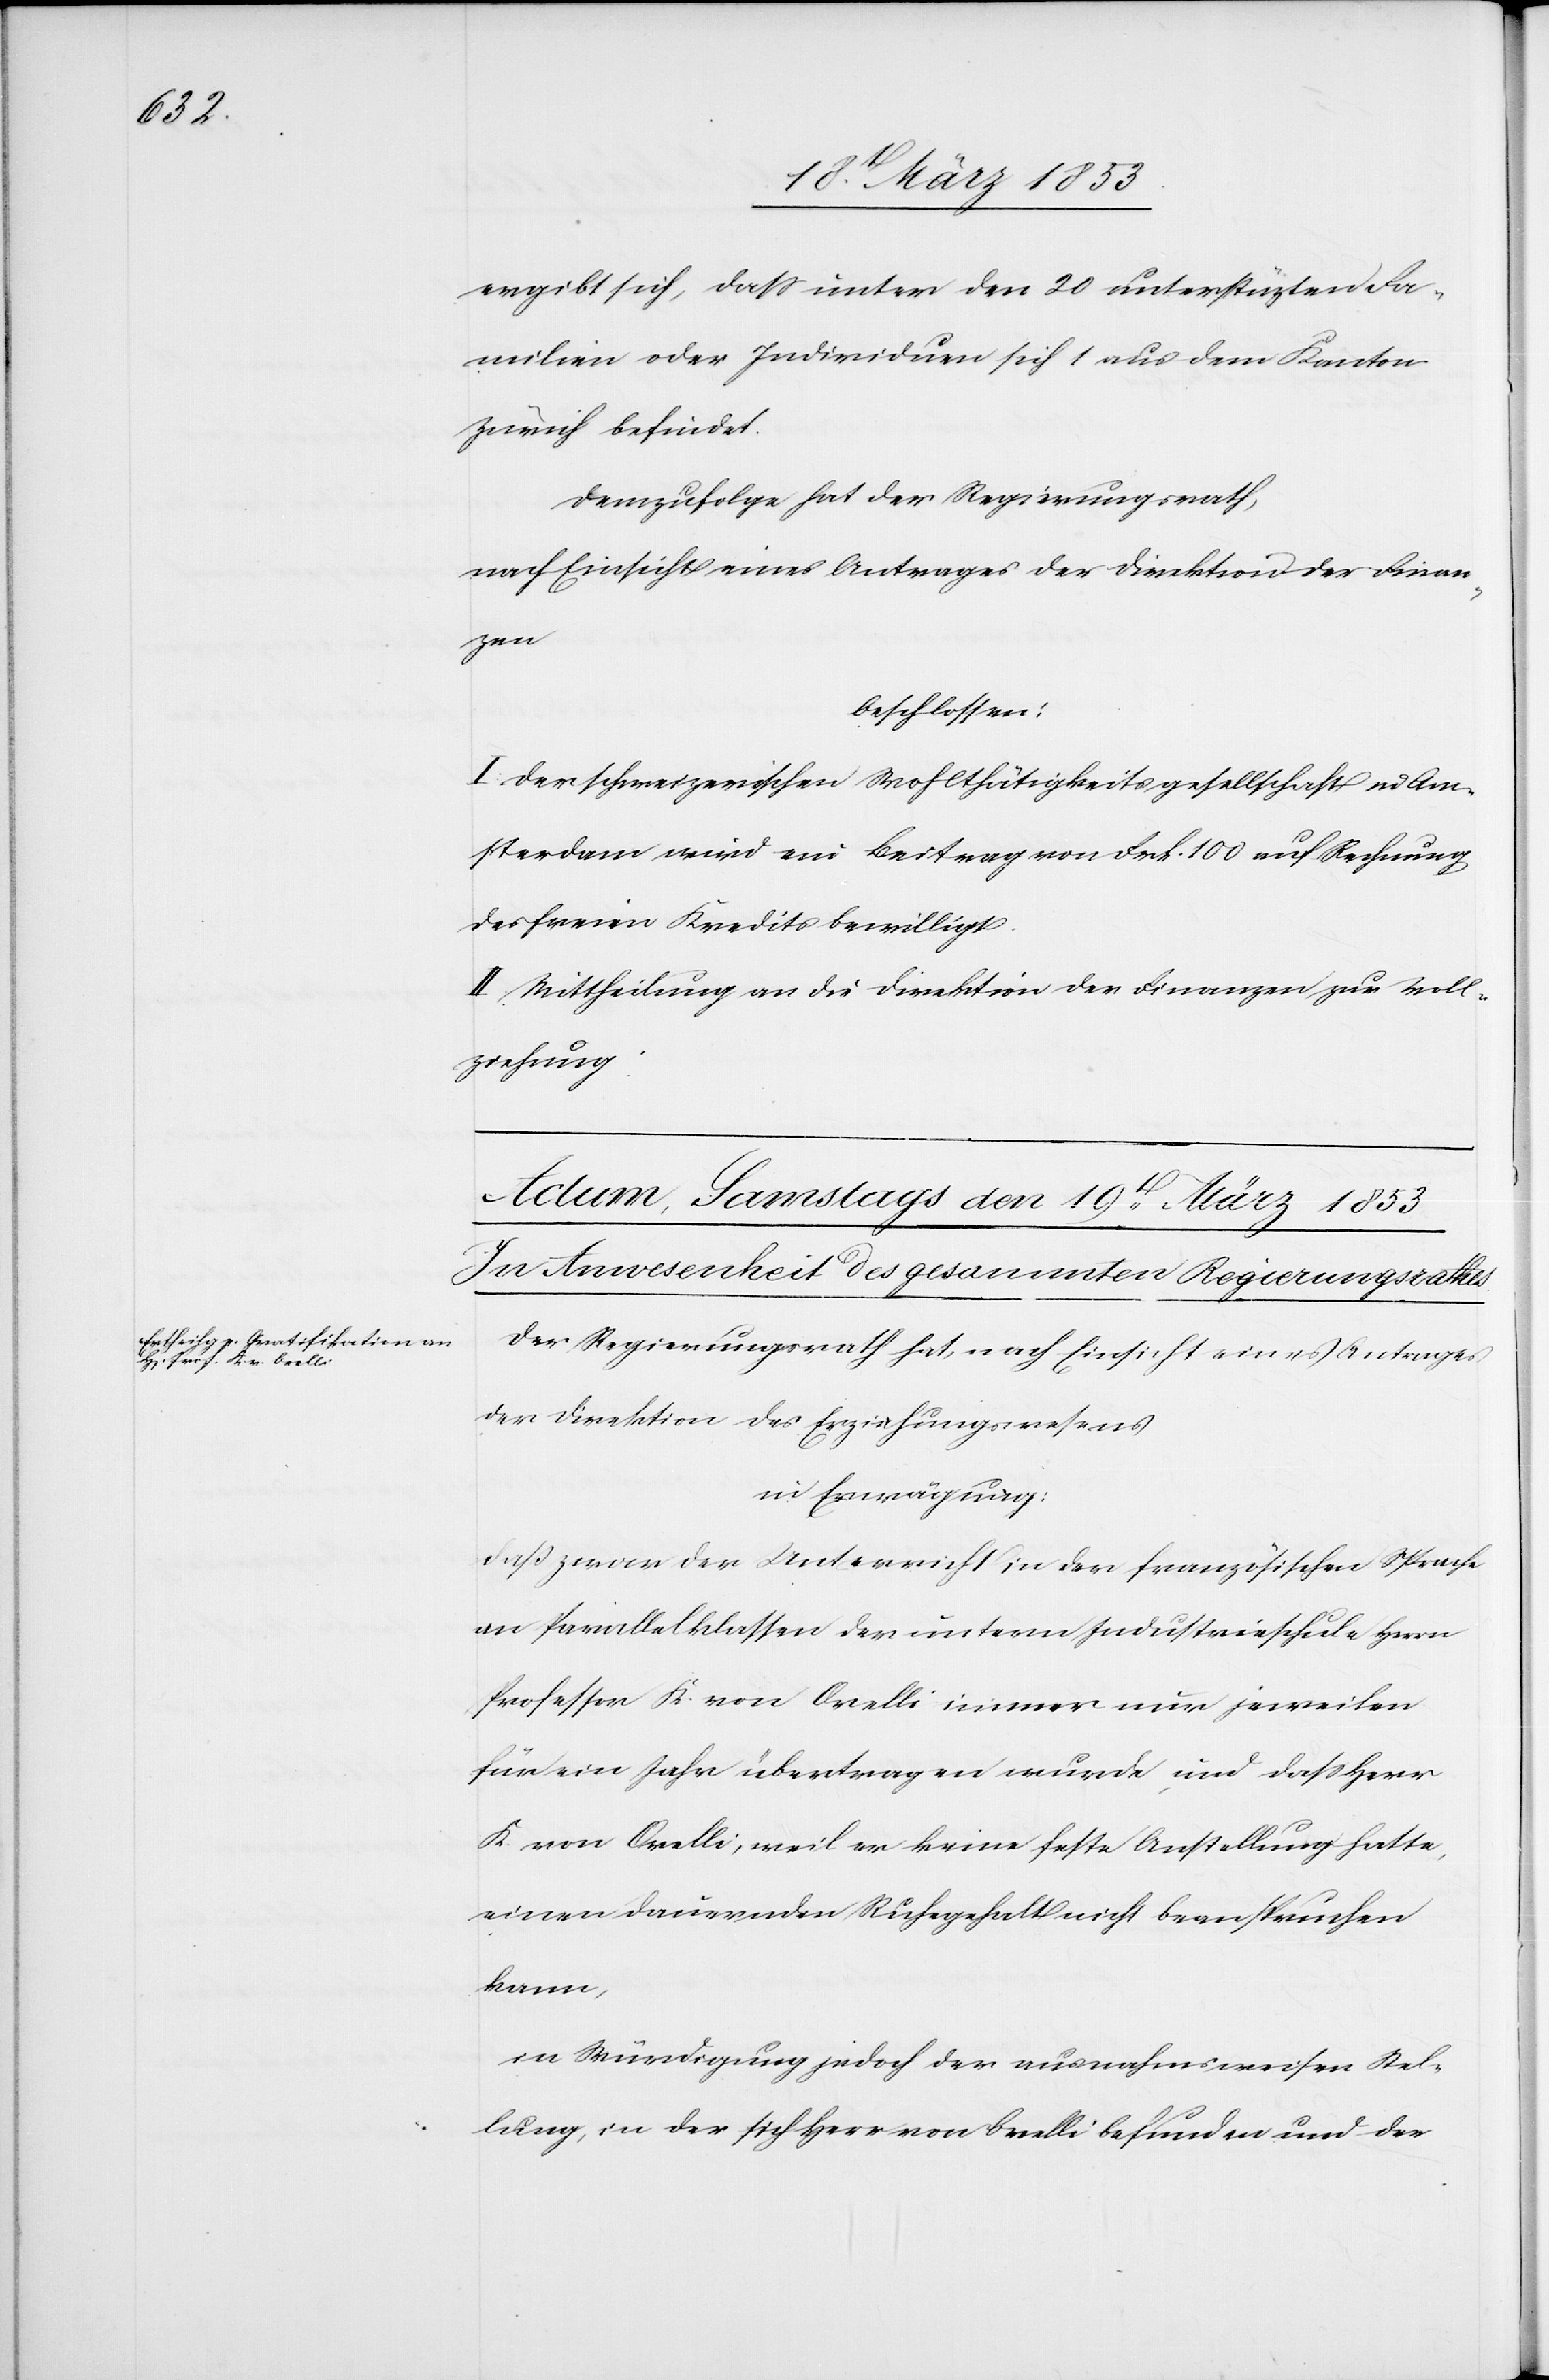
ergibt sich, daß unter den 20 unterstützten Fa¬
milien oder Individuen sich 1 aus dem Kanton
Zürich befindet.
Demzufolge hat der Regierungsrath,
nach Einsicht eines Antrages der Direktion der Finan¬
zen.
beschlossen:
I. Der schweizerischen Wohlthätigkeitsgesellschaft in Am¬
sterdam wird ein Beitrag von Frk. 100 auf Rechnung
des freien Kredits bewilligt.
II. Mittheilung an die Direktion der Finanzen zur Voll¬
ziehung.
Der Regierungsrath hat, nach Einsicht eines Antrages
in Erwägung:
daß zwar der Unterricht in der französischen Sprache
an Parallelklassen der untern Industrieschule Herrn
Professor K. von Orelli immer nur jeweilen
für ein Jahr übertragen wurde und daß Herr
K. von Orelli, weil er keine feste Anstellung hatte
einen dauernden Ruhegehalt nicht beanspruchen
kann,
in Würdigung jedoch der ausnahmsweisen Stel¬
lung, in der sich Herr von Orelli befunden und der